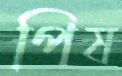
পিষ